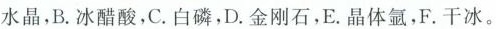
水晶，B.冰醋酸，C.白磷，D.金刚石，E.晶体氩，F.干冰。